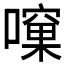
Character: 𱕀